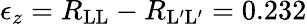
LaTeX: \epsilon_{z}=R_{\mathrm{LL}}-R_{\mathrm{L^{\prime}L^{\prime}}}=0.232